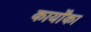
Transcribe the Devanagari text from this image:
कार्योंका